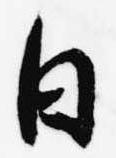
日